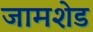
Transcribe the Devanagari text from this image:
जामशेड